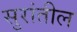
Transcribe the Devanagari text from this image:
सुरांतील